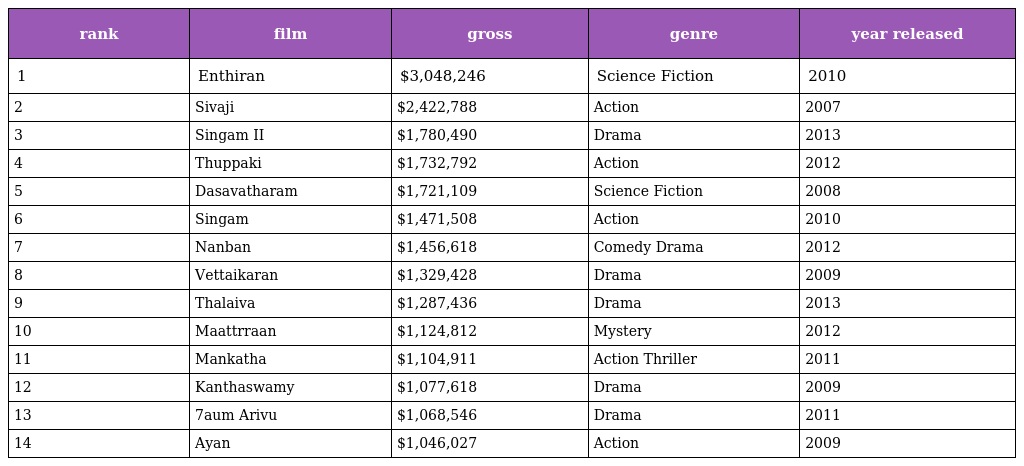
| rank | film | gross | genre | year released |
 | --- | --- | --- | --- | --- |
 | 1 | Enthiran | $3,048,246 | Science Fiction | 2010 |
 | 2 | Sivaji | $2,422,788 | Action | 2007 |
 | 3 | Singam II | $1,780,490 | Drama | 2013 |
 | 4 | Thuppaki | $1,732,792 | Action | 2012 |
 | 5 | Dasavatharam | $1,721,109 | Science Fiction | 2008 |
 | 6 | Singam | $1,471,508 | Action | 2010 |
 | 7 | Nanban | $1,456,618 | Comedy Drama | 2012 |
 | 8 | Vettaikaran | $1,329,428 | Drama | 2009 |
 | 9 | Thalaiva | $1,287,436 | Drama | 2013 |
 | 10 | Maattrraan | $1,124,812 | Mystery | 2012 |
 | 11 | Mankatha | $1,104,911 | Action Thriller | 2011 |
 | 12 | Kanthaswamy | $1,077,618 | Drama | 2009 |
 | 13 | 7aum Arivu | $1,068,546 | Drama | 2011 |
 | 14 | Ayan | $1,046,027 | Action | 2009 |